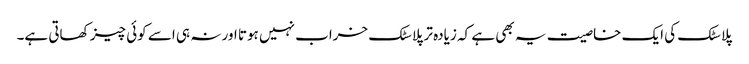
پلاسٹک کی ایک خاصیت یہ بھی ہے کہ زیادہ تر پلاسٹک خراب نہیں ہوتا اور نہ ہی اسے کوئی چیز کھاتی ہے۔